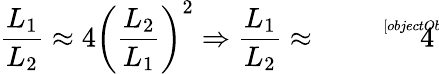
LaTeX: {\frac{L_{1}}{L_{2}}}\approx 4{\left({\frac{L_{2}}{L_{1}}}\right)}^{2}\Rightarrow{\frac{L_{1}}{L_{2}}}\approx{\sqrt[[objectObject]]{4}}\,